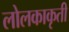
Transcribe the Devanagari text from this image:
लोलकाकृती